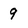
Character: 9